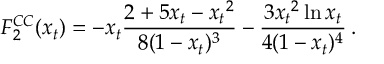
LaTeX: F _ { 2 } ^ { C C } ( x _ { t } ) = - x _ { t } \frac { 2 + 5 x _ { t } - { x _ { t } } ^ { 2 } } { 8 ( 1 - x _ { t } ) ^ { 3 } } - \frac { 3 { x _ { t } } ^ { 2 } \ln x _ { t } } { 4 ( 1 - x _ { t } ) ^ { 4 } } \: .